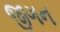
જીગન